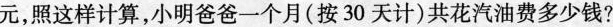
元，照这样计算，小明爸爸一个月(按30天计)共花汽油费多少钱?